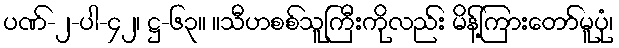
ပဏ်-၂-ပါ-၄၂၊ ဋ္ဌ-၆၃။ ။သီဟစစ်သူကြီးကိုလည်း မိန့်ကြားတော်မူပုံ၊